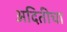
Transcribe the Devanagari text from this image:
अदितीचा